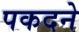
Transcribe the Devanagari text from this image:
पकदने